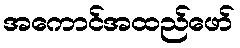
အကောင်အထည်ဖော်